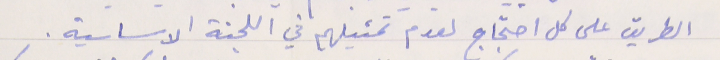
الطريق على كل احتجاج لعدم تمثيلهم في اللجنة الاساسية.